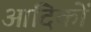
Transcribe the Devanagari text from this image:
आदिकों